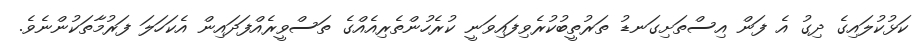
ކަޅުކުލައިގެ ދިގު އެ ފަން އިސްތަށިގަނޑު ތަރުތީބުކުރެވިފައިވަނީ ކުރެހުންތެރިއެއްގެ ތަސްވީރެއްފަދައިން އެކަހަލަ ފަރުމާތަކުންނެވެ.